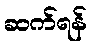
ဆက်ရန်